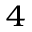
_ 4